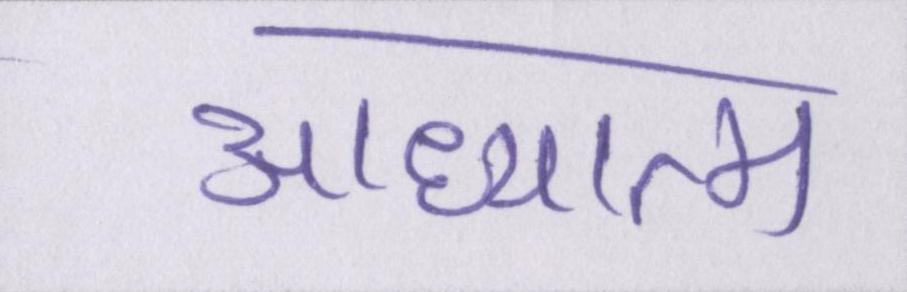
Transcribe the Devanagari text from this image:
आध्यात्म